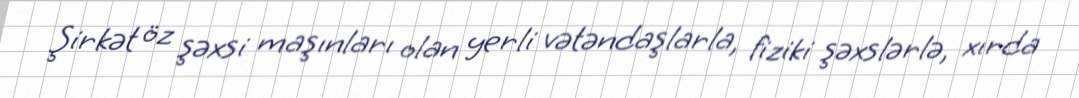
Şirkət öz şəxsi maşınları olan yerli vətəndaşlarla, fiziki şəxslərlə, xırda